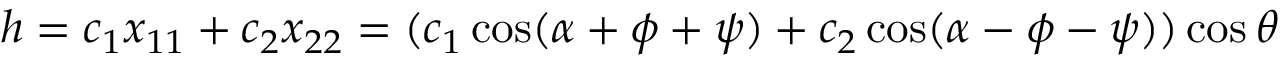
h = c _ { 1 } x _ { 1 1 } + c _ { 2 } x _ { 2 2 } = ( c _ { 1 } \cos ( \alpha + \phi + \psi ) + c _ { 2 } \cos ( \alpha - \phi - \psi ) ) \cos \theta